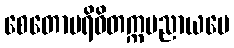
စေတောပရိဝိတက္ကမညာယပေ